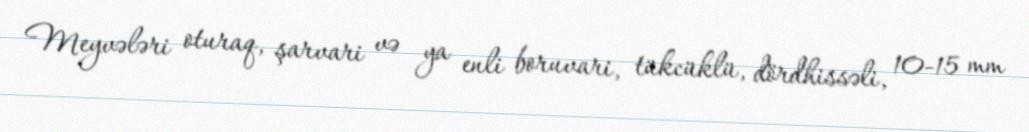
Meyvələri oturaq, şarvari və ya enli boruvari, tükcüklü, dördhissəli, 10-15 mm